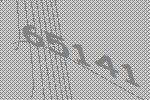
65141